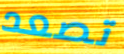
تصعد